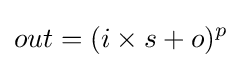
out=(i\times s+o)^{p}